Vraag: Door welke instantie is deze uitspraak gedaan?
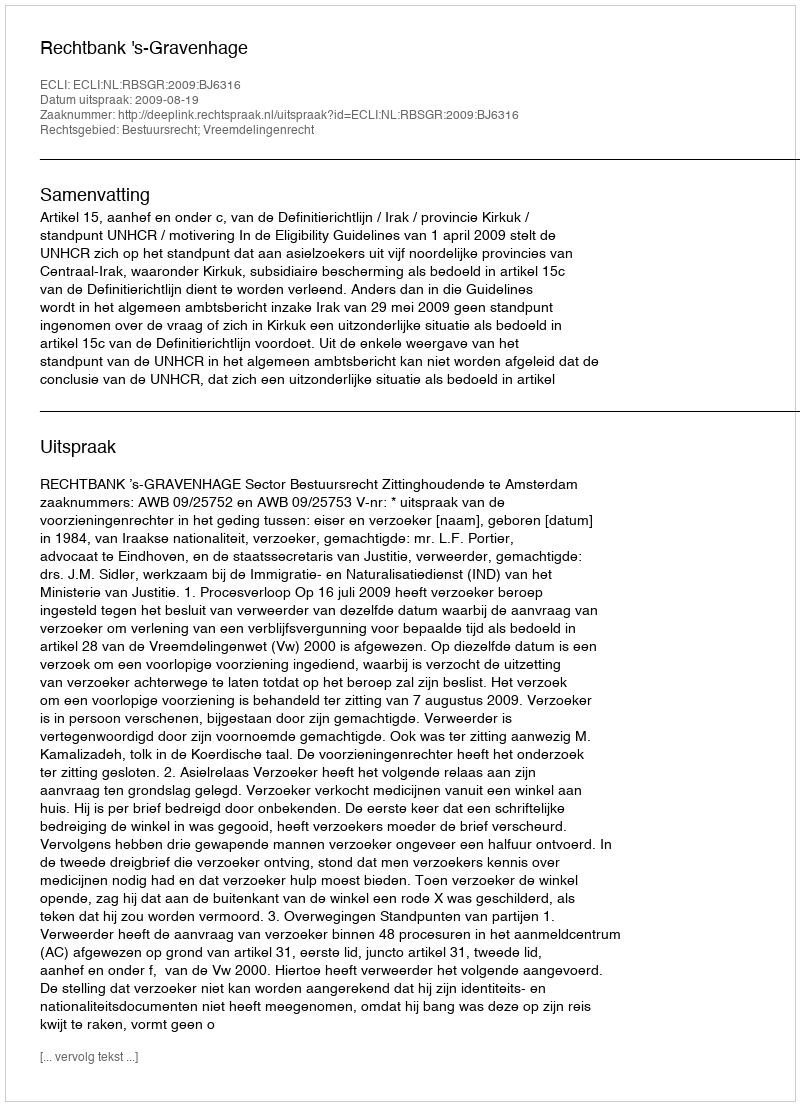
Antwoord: Rechtbank 's-Gravenhage